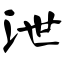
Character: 泄